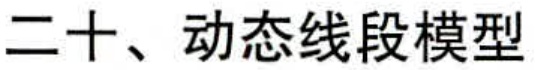
二十、动态线段模型